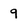
Character: 9